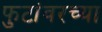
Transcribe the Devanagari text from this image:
फुटांवरच्या